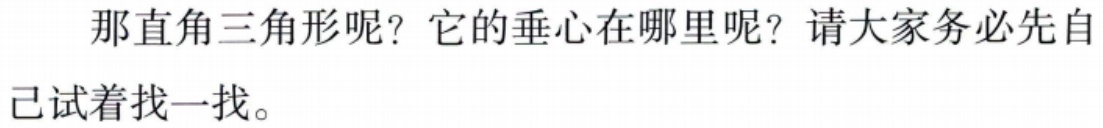
那直角三角形呢？它的垂心在哪里呢？请大家务必先自己试着找一找。